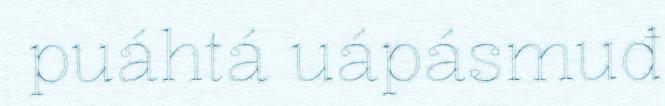
puáhtá uápásmuđ